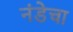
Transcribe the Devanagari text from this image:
नंडेचा